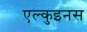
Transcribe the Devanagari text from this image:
एल्कुइनस